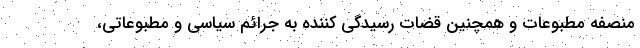
منصفه مطبوعات و همچنین قضات رسیدگی کننده به جرائم سیاسی و مطبوعاتی،